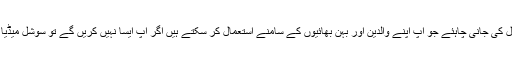
سوشل میڈیا پر وہی زبان استعمال کی جانی چاہئے جو آپ اپنے والدین اور بہن بھائیوں کے سامنے استعمال کر سکتے ہیں اگر آپ ایسا نہیں کریں گے تو سوشل میڈیا پر آپ کی تحریک بیکار ہو گی۔